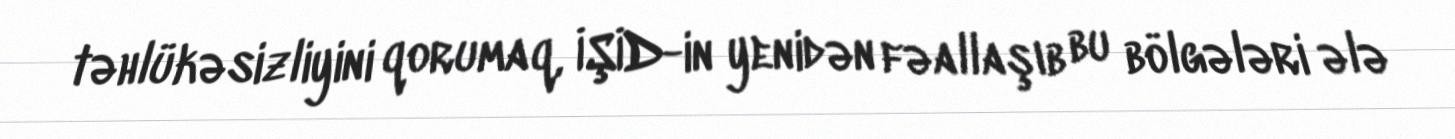
təhlükəsizliyini qorumaq, İŞİD-in yenidən fəallaşıb bu bölgələri ələ